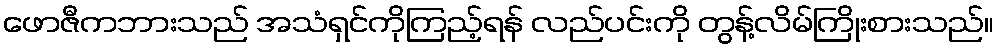
ဖောဇီကဘားသည် အသံရှင်ကိုကြည့်ရန် လည်ပင်းကို တွန့်လိမ်ကြိုးစားသည်။